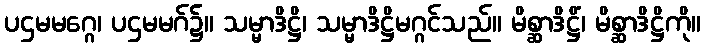
ပဌမမဂ္ဂေ၊ ပဌမမဂ်၌။ သမ္မာဒိဋ္ဌိ၊ သမ္မာဒိဋ္ဌိမဂ္ဂင်သည်။ မိစ္ဆာဒိဋ္ဌိံ၊ မိစ္ဆာဒိဋ္ဌိကို။